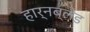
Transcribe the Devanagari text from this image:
हार्नब्लेड